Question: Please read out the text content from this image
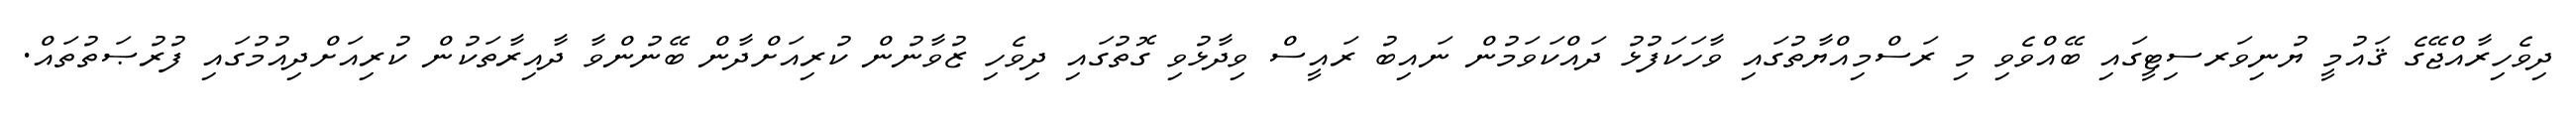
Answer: ދިވެހިރާއްޖޭގެ ޤައުމީ ޔުނިވަރސިޓީގައި ބޭއްވެވި މި ރަސްމިއްޔާތުގައި ވާހަކަފުޅު ދައްކަވަމުން ނައިބު ރައީސް ވިދާޅުވި ގޮތުގައި ދިވެހި ޒުވާނުން ކުރިއަށްދާން ބޭނުންވާ ދާއިރާތަކުން ކުރިއަށްދިއުމުގައި ފުރުޞަތުތައް.